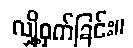
လျှို့ဝှက်ခြင်း။